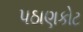
પઠાણકોટ